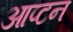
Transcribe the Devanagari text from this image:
आप्टन